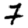
Digit: 7